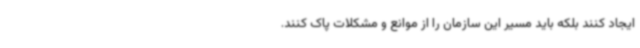
ایجاد کنند بلکه باید مسیر این سازمان را از موانع و مشکلات پاک کنند.